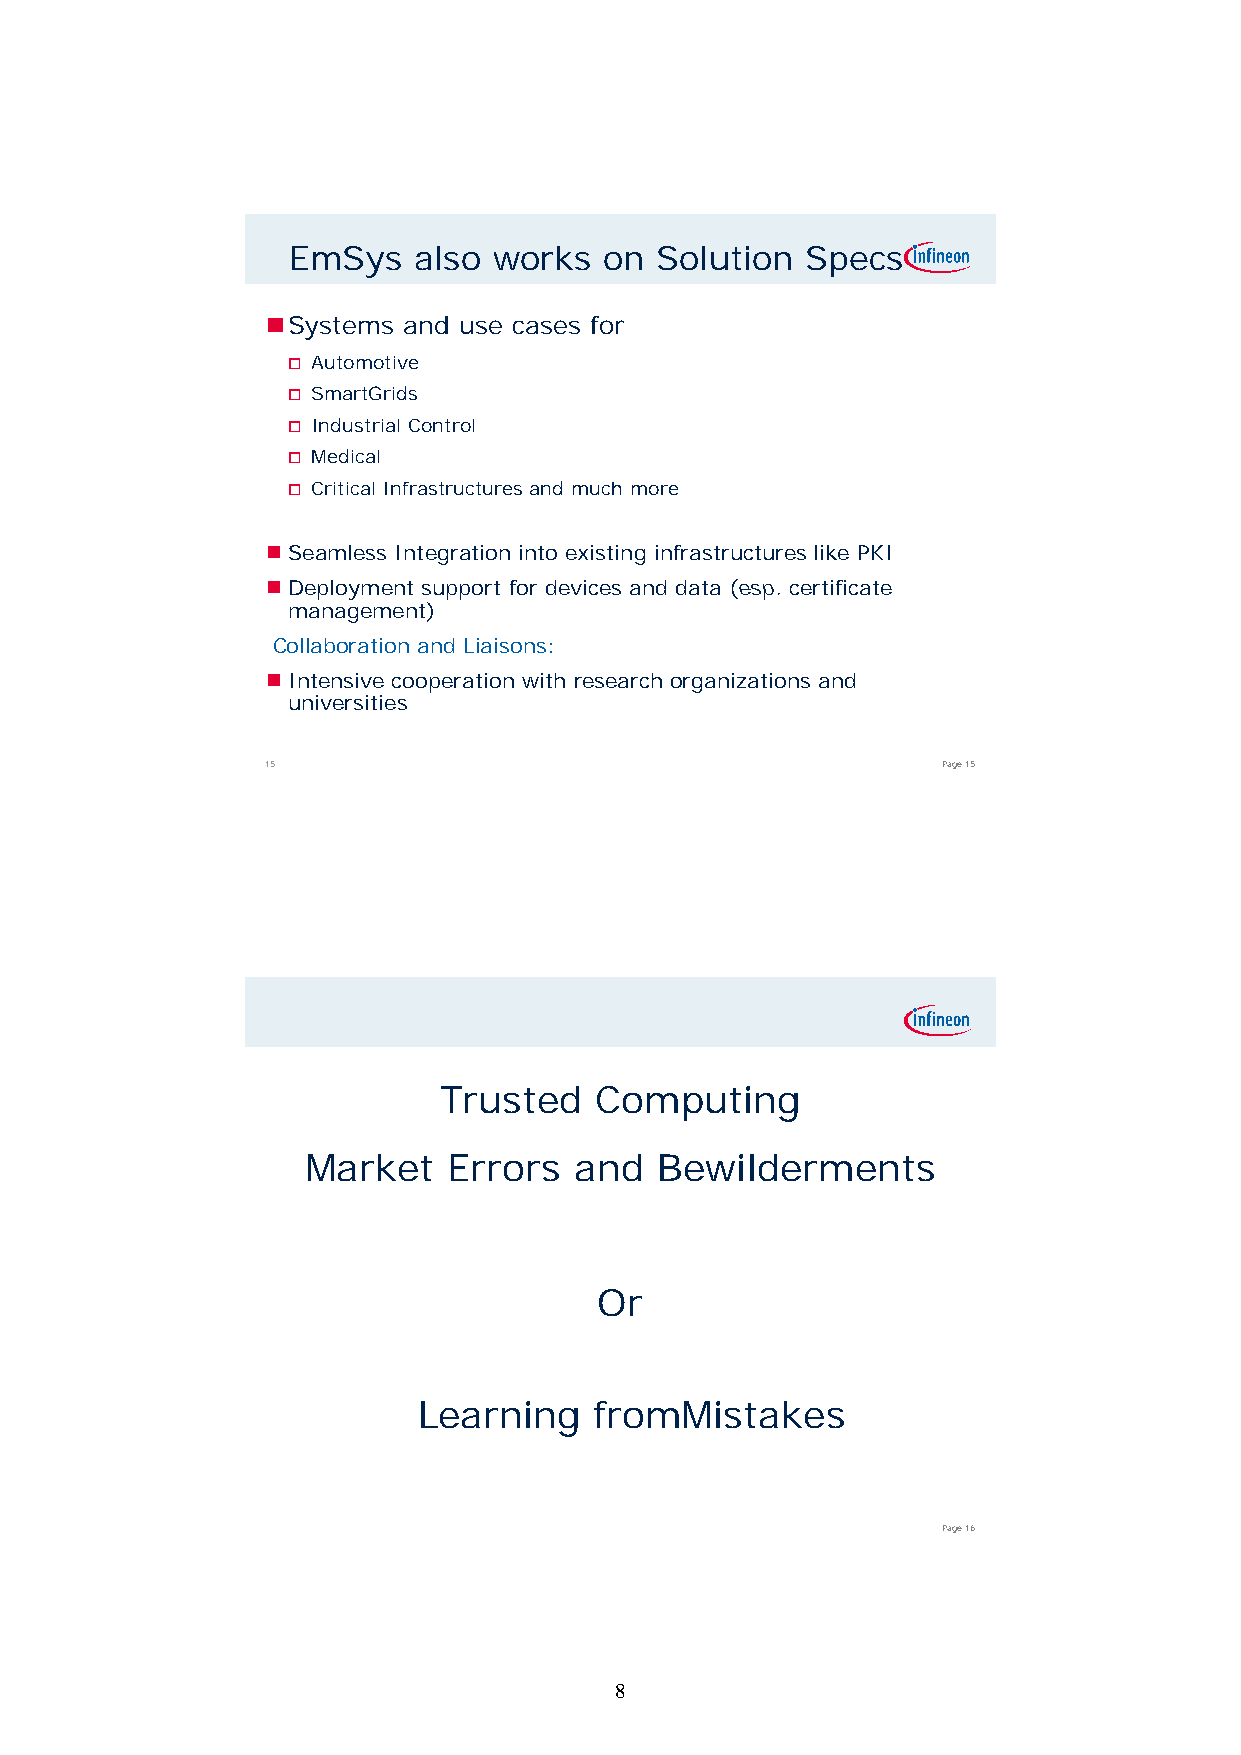
EmSys   also  works  on Solution  Specs
 Systems and use cases for
  Automotive
  SmartGrids
  Industrial Control
  Medical
  Critical Infrastructures and much more
  Seamless Integration into existing infrastructures like PKI
  DDeeppllooyymmeenntt ssuuppppoorrtt ffoorr ddeevviicceess aanndd ddaattaa ((eesspp. cceerrttiiffiiccaattee
 management)
 Collaboration and Liaisons:
  Intensive cooperation with research organizations and
 universities
 15                                          Page 15
 Trusted   Computing
 MMaarrkkeett EErrrroorrss aanndd BBeewwiillddeerrmmeennttss
 Or
 Learning   fromMistakes
 Page 16
 8